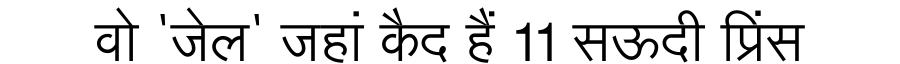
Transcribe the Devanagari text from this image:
वो 'जेल' जहां कैद हैं 11 सऊदी प्रिंस